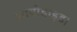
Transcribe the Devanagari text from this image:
आयोडाइड।